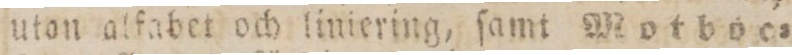
uton alfabet och liniering, ſamt Motboc=